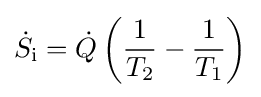
{\dot {S}}_{\text{i}}={\dot {Q}}\left({\frac {1}{T_{2}}}-{\frac {1}{T_{1}}}\right)